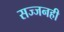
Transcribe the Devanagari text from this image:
सज्जनही